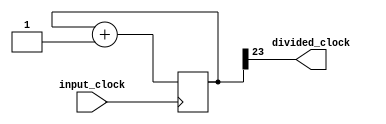
module clock_divider(
	input_clock,
	divided_clock
	);
input input_clock;
output  divided_clock;
reg [25:0] counter;
always@(posedge input_clock)  begin
	counter <= counter +1;
end
assign divided_clock = counter[23];
endmodule